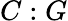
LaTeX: C:G